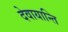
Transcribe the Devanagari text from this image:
देवायान्ति